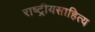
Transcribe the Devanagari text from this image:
राष्ट्रीयसाहित्य